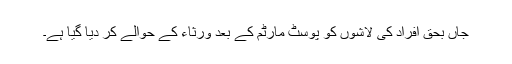
جاں بحق افراد کی لاشوں کو پوسٹ مارٹم کے بعد ورثاء کے حوالے کر دیا گیا ہے۔